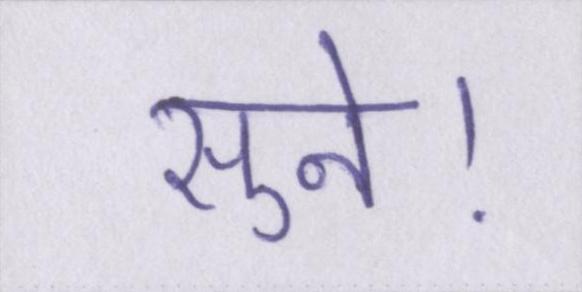
सुने।